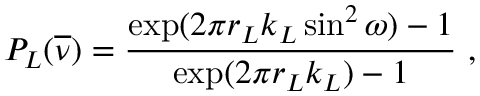
P _ { L } ( \overline { { \nu } } ) = \frac { \exp ( 2 \pi r _ { L } k _ { L } \sin ^ { 2 } \omega ) - 1 } { \exp ( 2 \pi r _ { L } k _ { L } ) - 1 } \ ,